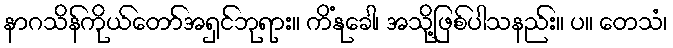
နာဂသိန်ကိုယ်တော်အရှင်ဘုရား။ ကိံနုခေါ၊ အသို့ဖြစ်ပါသနည်း။ ပ။ တေသံ၊